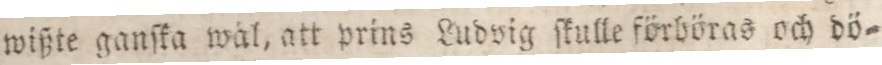
wißte ganſka wål, att prins Ludvig ſkulle förböras och dö=